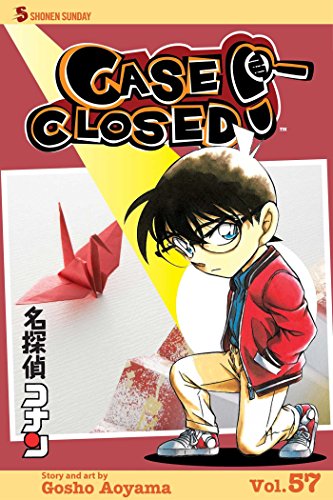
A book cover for Case Closed, Vol. 57; Gosho Aoyama; Comics & Graphic Novels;